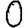
Digit: 0